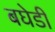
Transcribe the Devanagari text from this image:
बघेडी